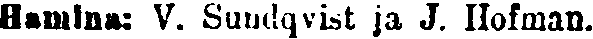
Hamina: V. Sundqvist ja J. Hofman.